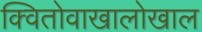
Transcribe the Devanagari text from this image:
क्वितोवाखालोखाल